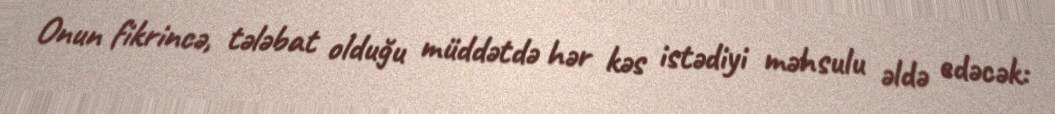
Onun fikrincə, tələbat olduğu müddətdə hər kəs istədiyi məhsulu əldə edəcək: